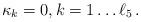
LaTeX: \begin{align*}\kappa_k = 0, k=1 \ldots \ell_5\,.\end{align*}